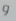
و